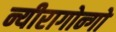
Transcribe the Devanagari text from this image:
न्यीरागोन्गो